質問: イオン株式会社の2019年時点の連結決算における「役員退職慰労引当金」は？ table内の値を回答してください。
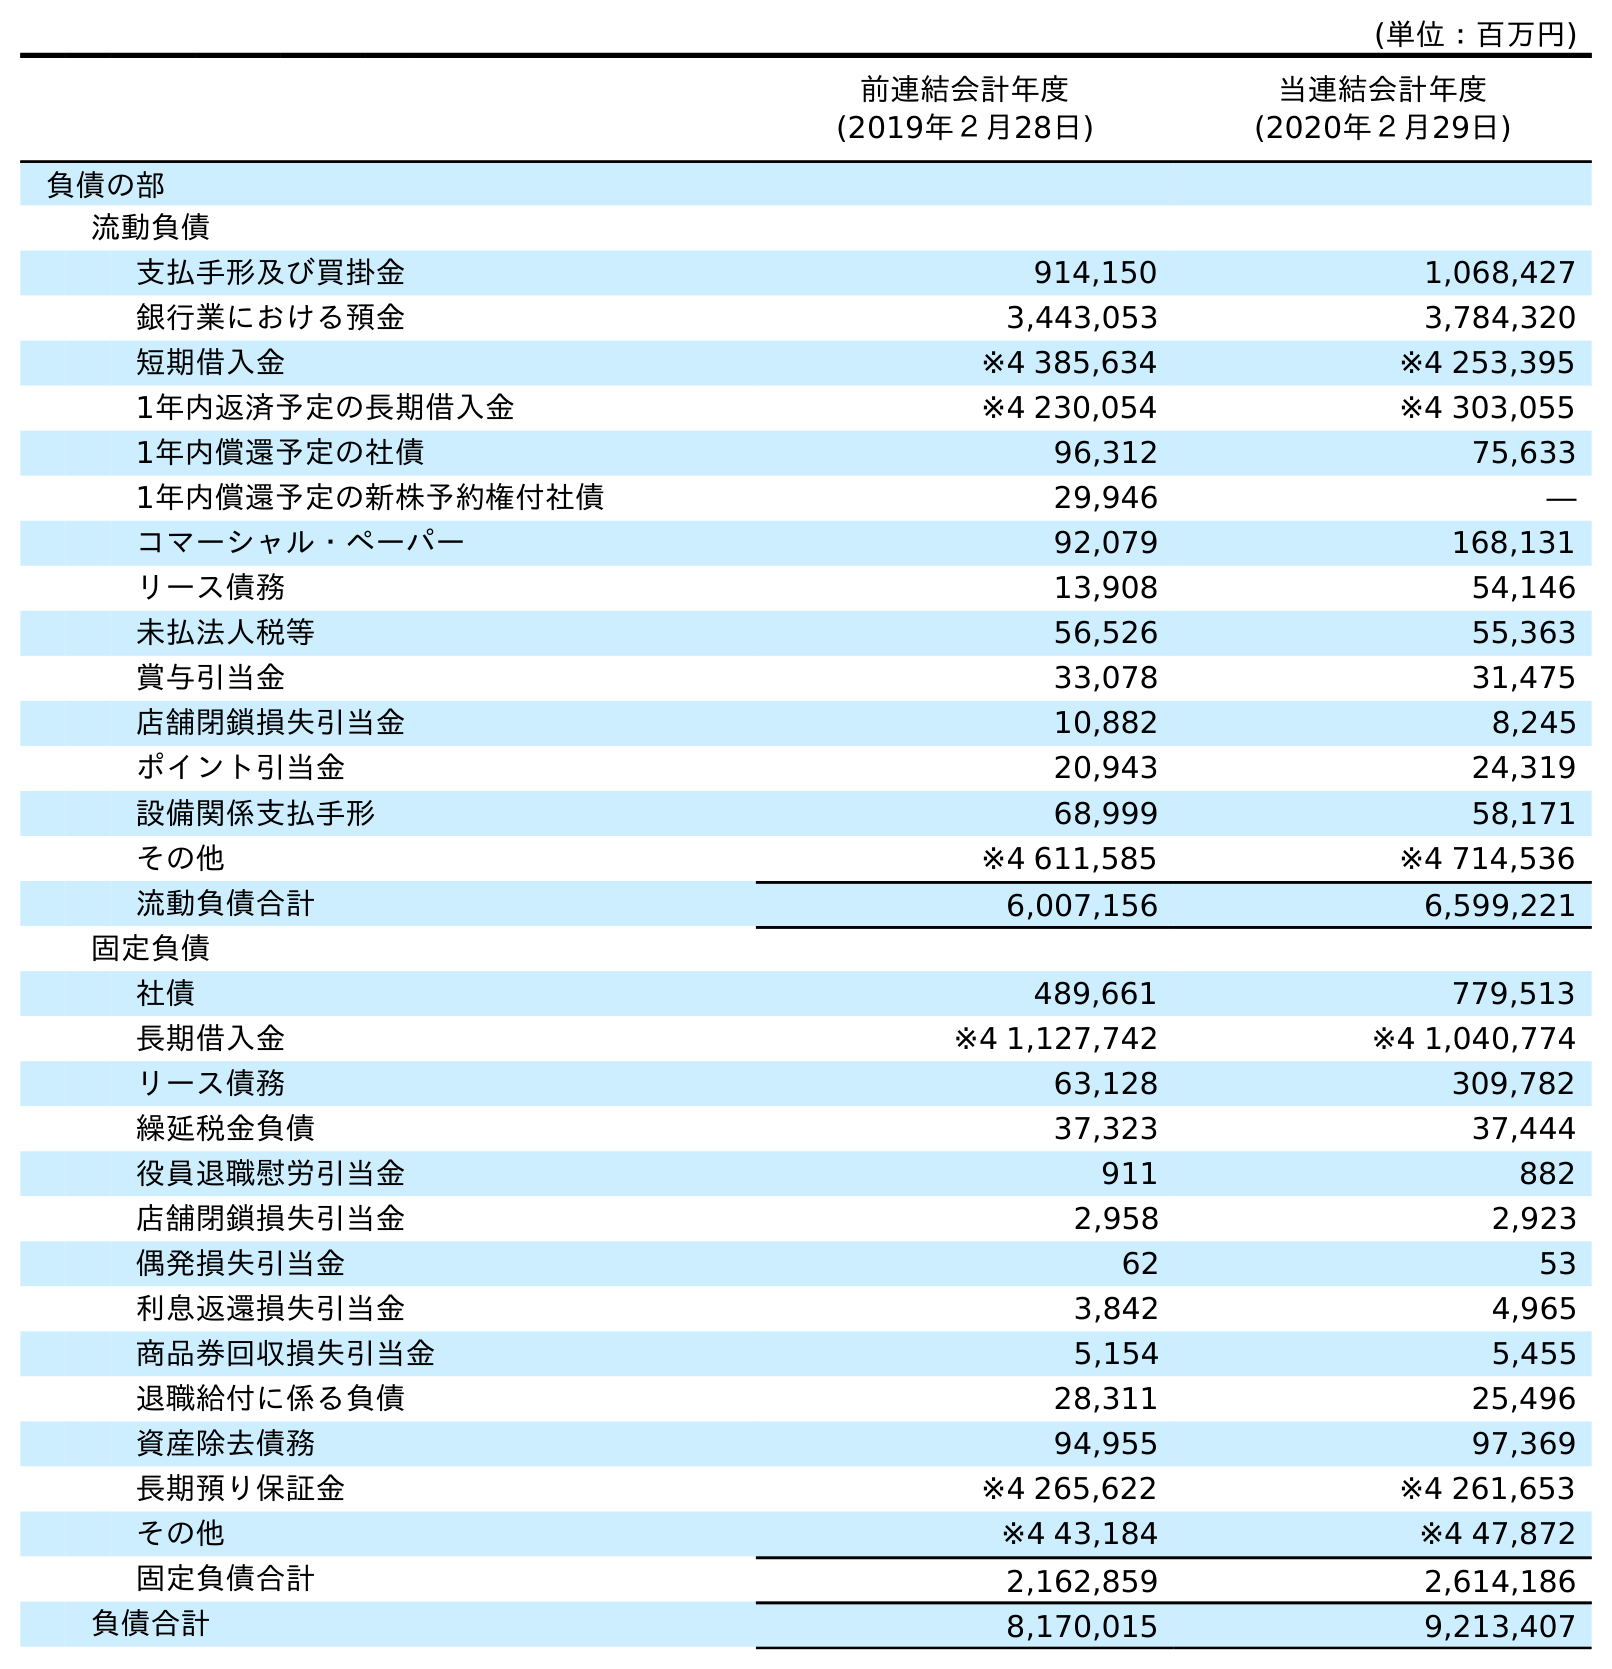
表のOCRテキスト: (単位：百万円) 前連結会計年度 (2019年２月28日) 当連結会計年度 (2020年２月29日) 負債の部 流動負債 支払手形及び買掛金 914,150 1,068,427 銀行業における預金 3,443,053 3,784,320 短期借入金 ※4 385,634 ※4 253,395 1年内返済予定の長期借入金 ※4 230,054 ※4 303,055 1年内償還予定の社債 96,312 75,633 1年内償還予定の新株予約権付社債 29,946 ― コマーシャル・ペーパー 92,079 168,131 リース債務 13,908 54,146 未払法人税等 56,526 55,363 賞与引当金 33,078 31,475 店舗閉鎖損失引当金 10,882 8,245 ポイント引当金 20,943 24,319 設備関係支払手形 68,999 58,171 その他 ※4 611,585 ※4 714,536 流動負債合計 6,007,156 6,599,221 固定負債 社債 489,661 779,513 長期借入金 ※4 1,127,742 ※4 1,040,774 リース債務 63,128 309,782 繰延税金負債 37,323 37,444 役員退職慰労引当金 911 882 店舗閉鎖損失引当金 2,958 2,923 偶発損失引当金 62 53 利息返還損失引当金 3,842 4,965 商品券回収損失引当金 5,154 5,455 退職給付に係る負債 28,311 25,496 資産除去債務 94,955 97,369 長期預り保証金 ※4 265,622 ※4 261,653 その他 ※4 43,184 ※4 47,872 固定負債合計 2,162,859 2,614,186 負債合計 8,170,015 9,213,407
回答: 911